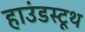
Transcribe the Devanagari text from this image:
हाउंडस्टूथ